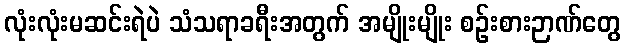
လုံးလုံးမဆင်းရဲပဲ သံသရာခရီးအတွက် အမျိုးမျိုး စဉ်းစားဉာဏ်တွေ